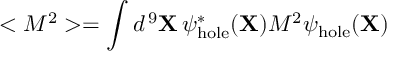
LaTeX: < M ^ { 2 } > = \int d ^ { \, 9 } { \bf X } \, \psi _ { \mathrm { h o l e } } ^ { * } ( { \bf X } ) M ^ { 2 } \psi _ { \mathrm { h o l e } } ( { \bf X } )